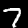
Digit: 7